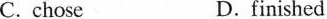
C. chose D.finished